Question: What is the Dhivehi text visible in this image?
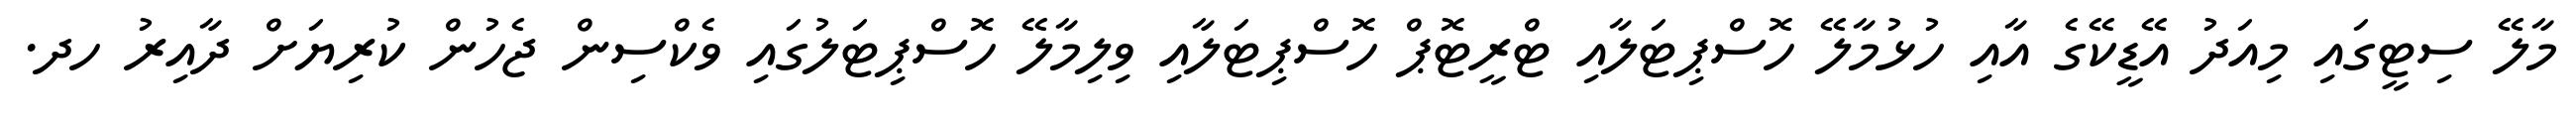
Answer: މާލޭ ސިޓީގައި މިއަދު އޭޑީކޭގެ އާއި ހުޅުމާލޭ ހޮސްޕިޓަލާއި ޓްރީޓޮޕް ހޮސްޕިޓަލާއި ވިލިމާލޭ ހޮސްޕިޓަލުގައި ވެކްސިން ޖެހުން ކުރިޔަށް ދާއިރު ހދ.